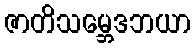
ဇာတိသမ္ဘေဒဘယာ